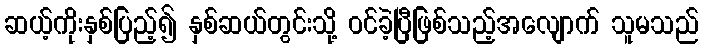
ဆယ့်ကိုးနှစ်ပြည့်၍ နှစ်ဆယ်တွင်းသို့ ဝင်ခဲ့ပြီဖြစ်သည့်အလျောက် သူမသည်